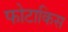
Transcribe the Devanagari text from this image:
फोटाकिस